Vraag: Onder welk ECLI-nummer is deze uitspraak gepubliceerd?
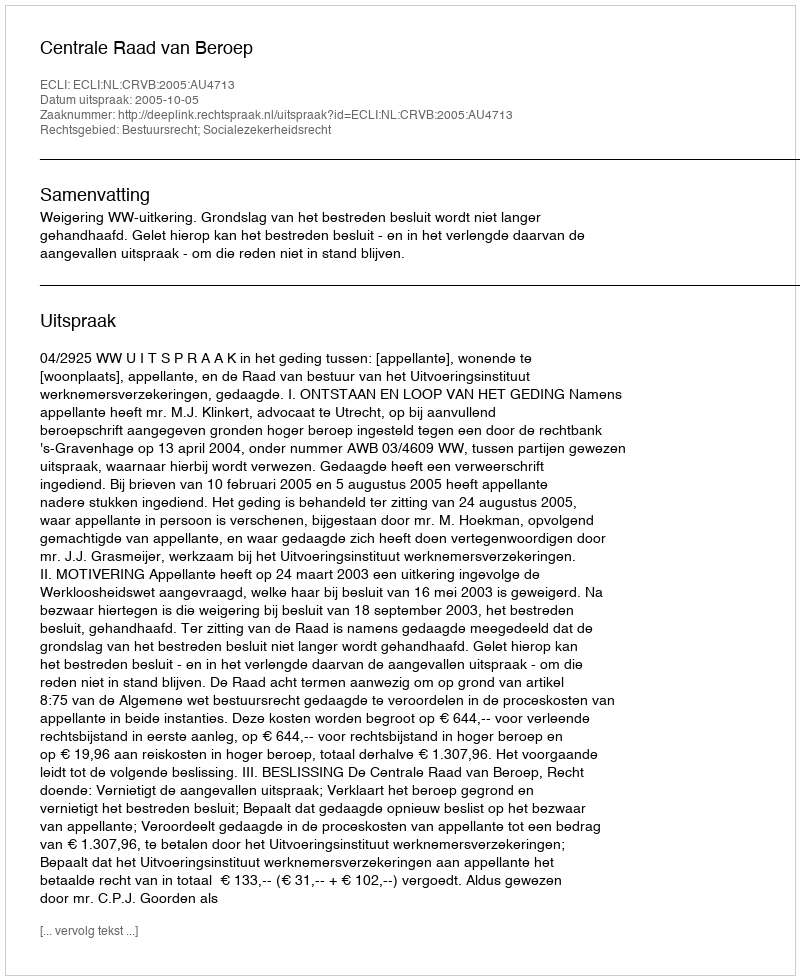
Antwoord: ECLI:NL:CRVB:2005:AU4713